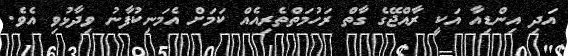
އަދި އިންޑިއާ އަކީ ރާއްޖޭގެ ގާތް ރަހުމަތްތެރިއެއް ކަމަށް އެމަނިކުފާނު ވިދާޅުވި އެވެ.